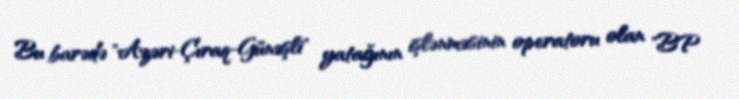
Bu barədə "Azəri-Çıraq-Günəşli" yatağının işlənməsinin operatoru olan "BP